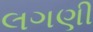
લગણી